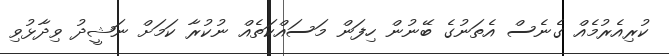
ކުރިއެރުމެއް ގެނެސް އެތަނުގެ ބޭނުން ހިފަން މަސައްކަތެއް ނުކުރާ ކަމަށް ނަޝީދު ވިދާޅުވި